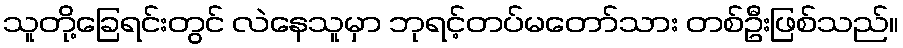
သူတို့ခြေရင်းတွင် လဲနေသူမှာ ဘုရင့်တပ်မတော်သား တစ်ဦးဖြစ်သည်။